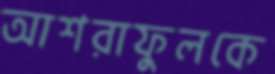
আশরাফুলকে